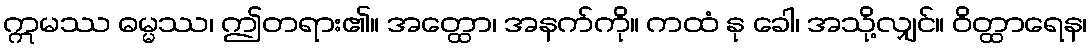
ဣမဿ ဓမ္မဿ၊ ဤတရား၏။ အတ္ထော၊ အနက်ကို။ ကထံ နု ခေါ၊ အသို့လျှင်။ ဝိတ္ထာရေန၊